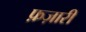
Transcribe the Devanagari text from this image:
फ़ज़ारी